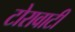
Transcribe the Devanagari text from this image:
टोरावाटी